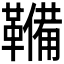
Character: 𮧫